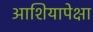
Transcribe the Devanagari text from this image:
आशियापेक्षा